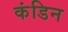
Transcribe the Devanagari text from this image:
कंडिन